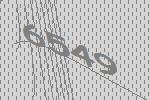
6549